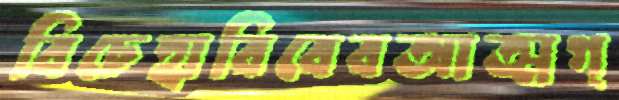
বিচেহাবিবেবআত্মগ্